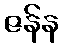
ဇန်န